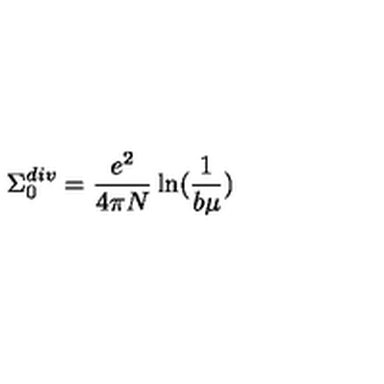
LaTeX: \Sigma _ { 0 } ^ { d i v } = \frac { e ^ { 2 } } { 4 \pi N } \ln ( \frac { 1 } { b \mu } )